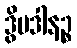
ဒွိပဒါနဉ္စ